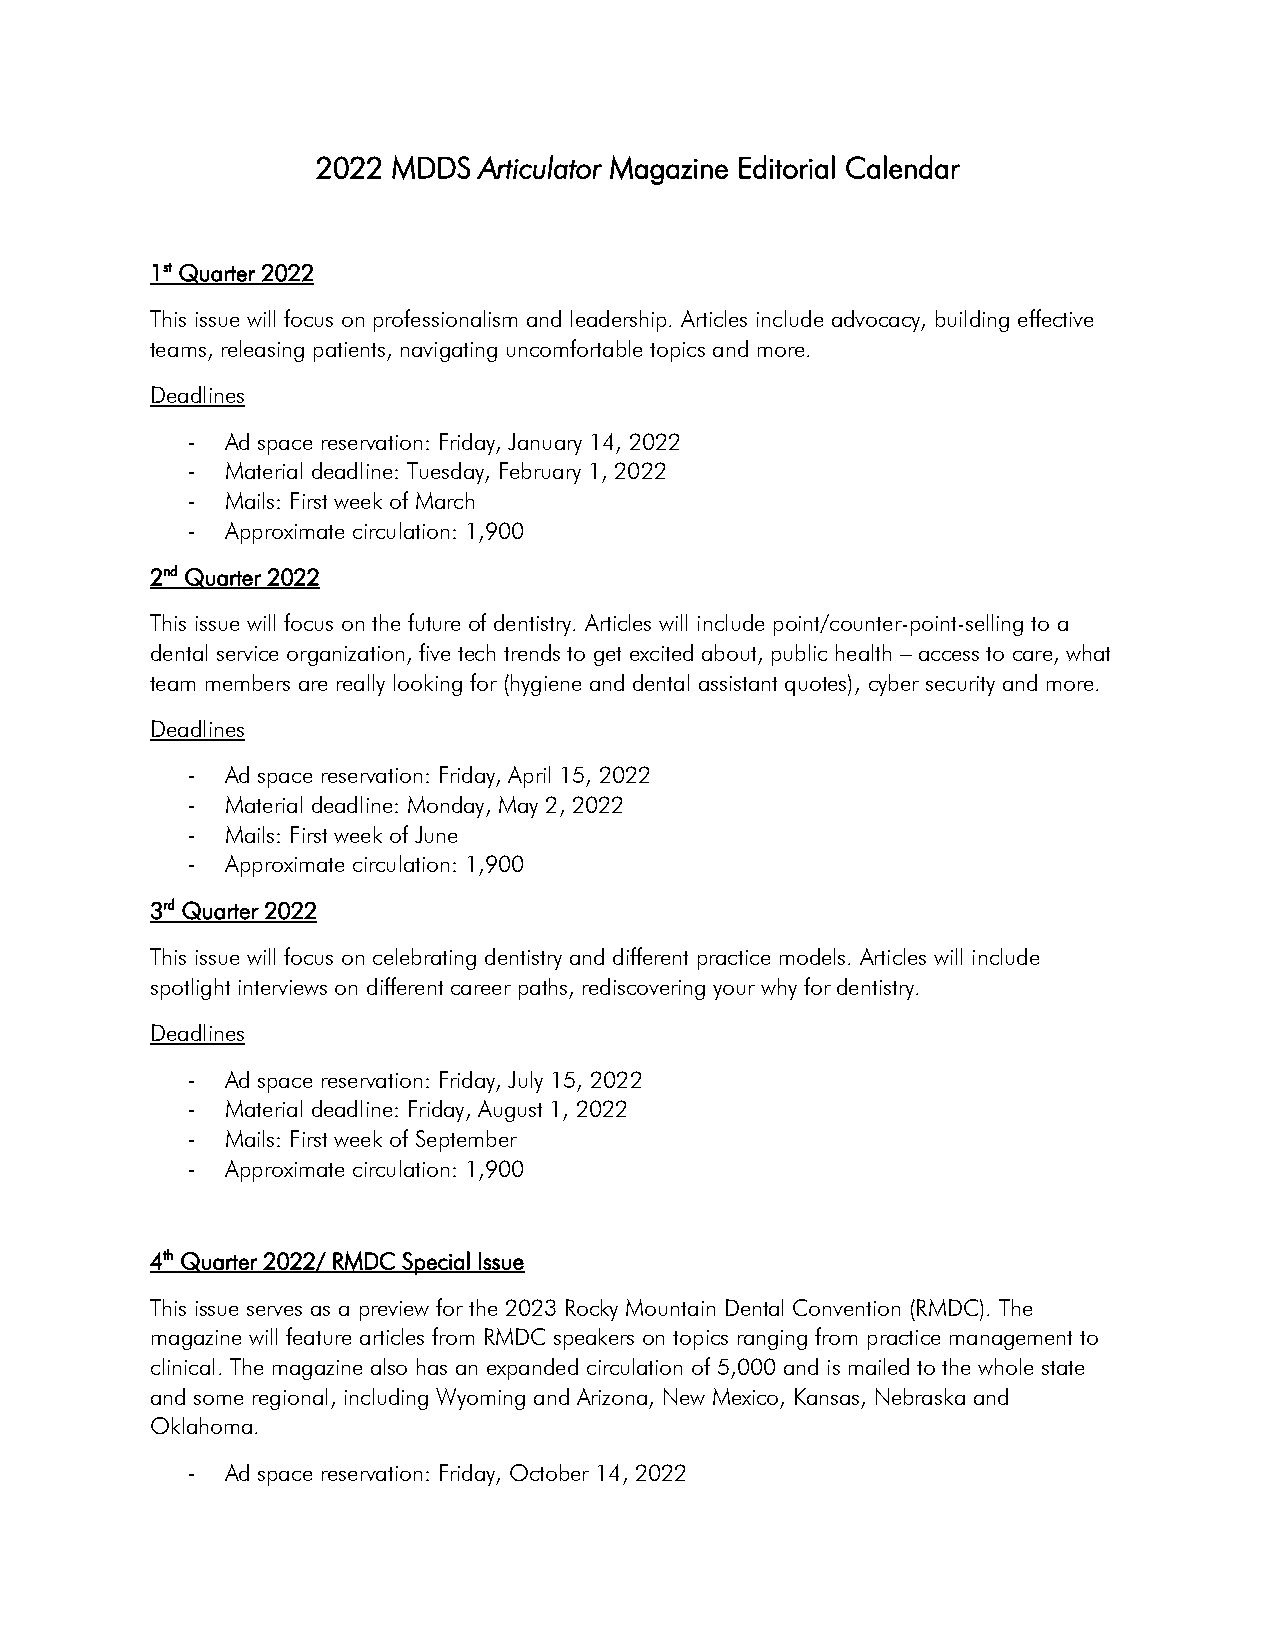
2022 MDDS  Articulator Magazine Editorial Calendar
 1st Quarter 2022
 This issue will focus on professionalism and leadership. Articles include advocacy, building effective
 teams, releasing patients, navigating uncomfortable topics and more.
 Deadlines
 -  Ad space reservation: Friday, January 14, 2022
 -  Material deadline: Tuesday, February 1, 2022
 -  Mails: First week of March
 -  Approximate circulation: 1,900
 2nd Quarter 2022
 This issue will focus on the future of dentistry. Articles will include point/counter-point-selling to a
 dental service organization, five tech trends to get excited about, public health – access to care, what
 team members are really looking for (hygiene and dental assistant quotes), cyber security and more.
 Deadlines
 -  Ad space reservation: Friday, April 15, 2022
 -  Material deadline: Monday, May 2, 2022
 -  Mails: First week of June
 -  Approximate circulation: 1,900
 3rd Quarter 2022
 This issue will focus on celebrating dentistry and different practice models. Articles will include
 spotlight interviews on different career paths, rediscovering your why for dentistry.
 Deadlines
 -  Ad space reservation: Friday, July 15, 2022
 -  Material deadline: Friday, August 1, 2022
 -  Mails: First week of September
 -  Approximate circulation: 1,900
 4th Quarter 2022/ RMDC Special Issue
 This issue serves as a preview for the 2023 Rocky Mountain Dental Convention (RMDC). The
 magazine will feature articles from RMDC speakers on topics ranging from practice management to
 clinical. The magazine also has an expanded circulation of 5,000 and is mailed to the whole state
 and some regional, including Wyoming and Arizona, New Mexico, Kansas, Nebraska and
 Oklahoma.
 -  Ad space reservation: Friday, October 14, 2022